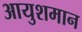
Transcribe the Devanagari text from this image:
आयुशमान